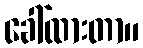
ခေါ်ထားတာ။